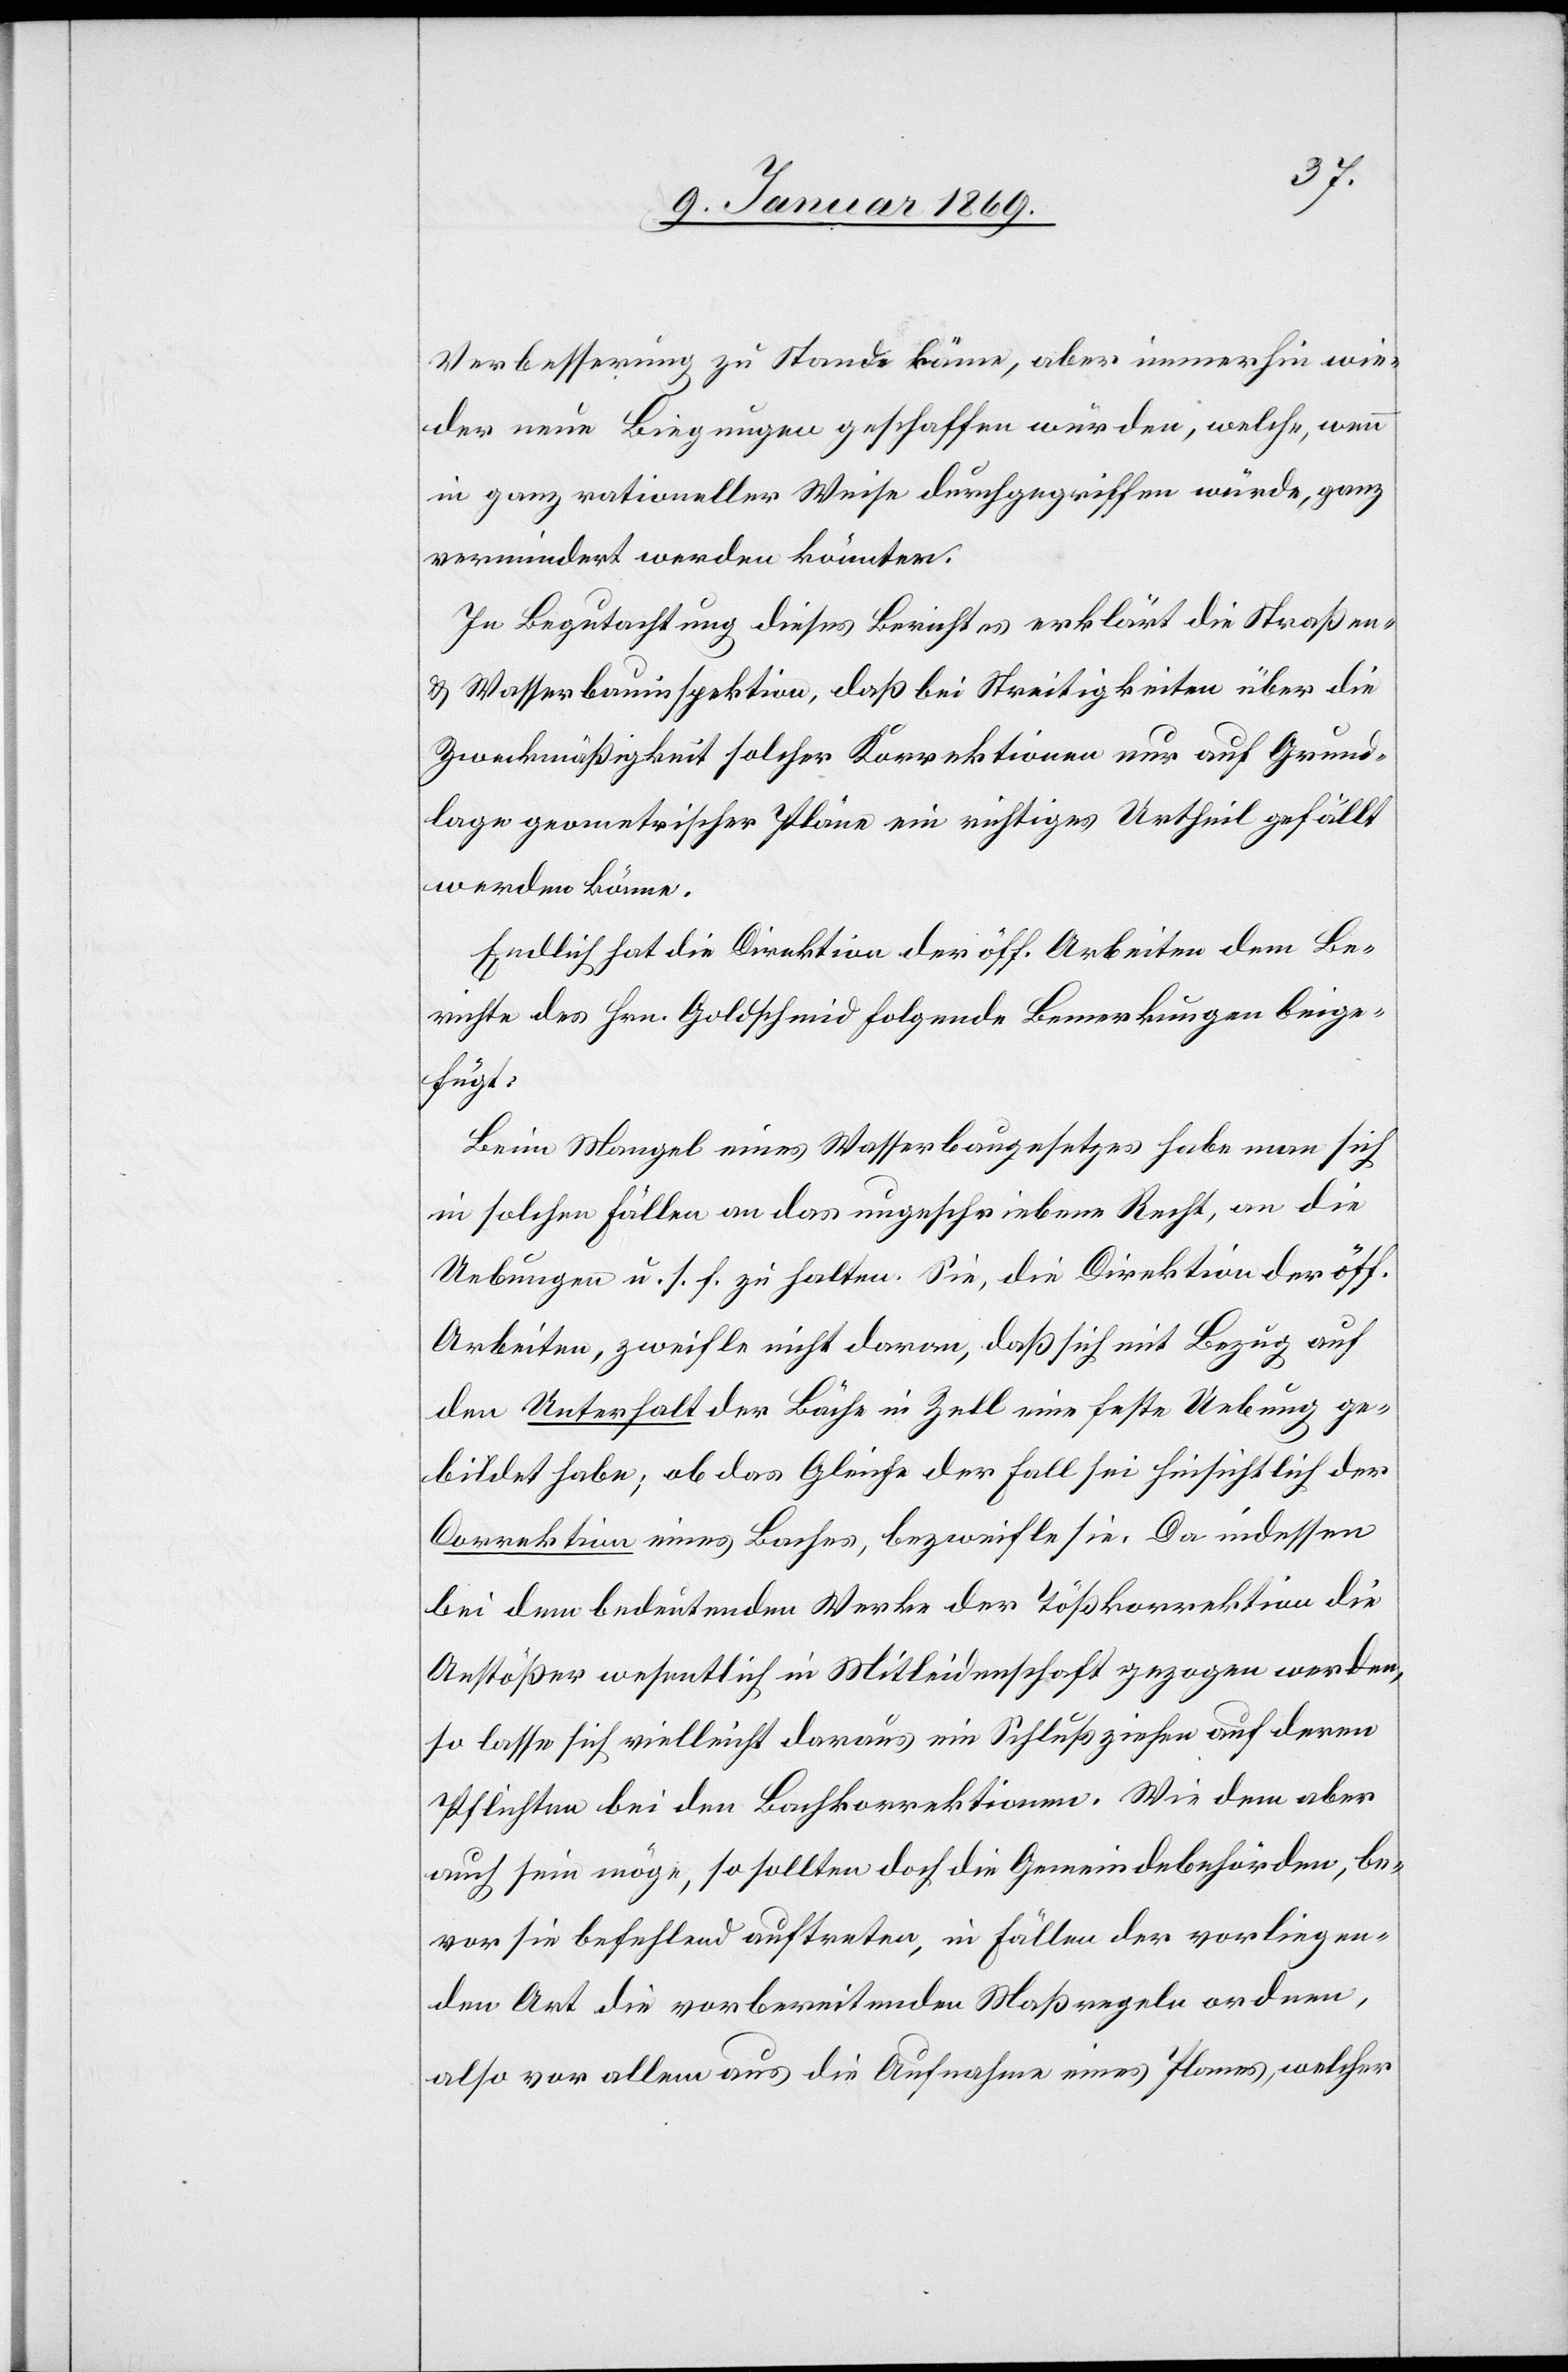
Verbesserung zu Stande käme, aber immerhin wie¬
der neue Biegungen geschaffen würden, welche, wenn
in ganz rationeller Weise durchgegriffen würde, ganz
vermindert werden könnten.
In Begutachtung dieses Berichtes erklärt die Straßen-
& Wasserbauinspektion, daß bei Streitigkeiten über die
Zweckmäßigkeit solcher Korrektionen nur auf Grund¬
lage geometrischer Pläne ein wichtiges Urtheil gefällt
werden könne.
Endlich hat die Direktion der öff. Arbeiten dem Be¬
richte des Hrn. Goldschmid folgende Bemerkungen beige¬
fügt:
Beim Mangel eines Wasserbaugesetzes habe man sich
in solchen Fällen an das ungeschriebene Recht, an die
Uebungen u. s. f. zu halten. Sie, die Direktion der öff.
Arbeiten, zweifle nicht daran, daß sich mit Bezug auf
den Unterhalt der Bäche in Zell eine feste Uebung ge¬
bildet habe; ob das Gleiche der Fall sei hinsichtlich der
Correktion eines Baches, bezweifle sie. Da indessen
bei dem bedeutenden Werke der Tößkorrektion die
Anstößer wesentlich in Mitleidenschaft gezogen werden,
so lasse sich vielleicht daraus ein Schluß ziehen auf deren
Pflichten bei den Bachkorrektionen. Wie dem aber
auch sein möge, so sollten doch die Gemeindsbehörden, be¬
vor sie befehlend auftreten, in Fällen der vorliegen¬
den Art die vorbereitenden Maßregeln ordnen,
also vor allem aus die Aufnahme eines Planes, welcher